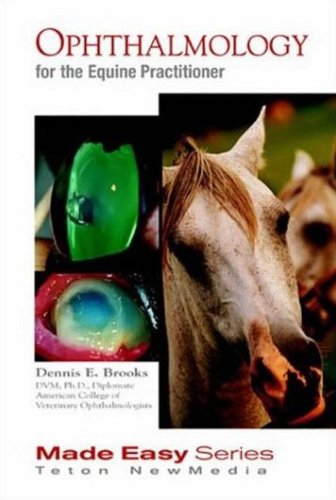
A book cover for Ophthalmology for the Equine Practitioner (Equine Made Easy Series); Dennis Brooks; Medical Books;